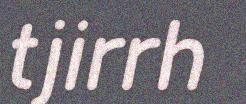
tjirrh